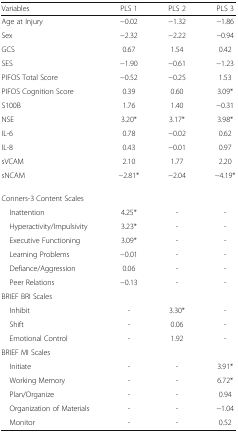
| Variables | PLS 1 | PLS 2 | PLS 3 |
 | --- | --- | --- | --- |
 | Age at Injury | −0.02 | −1.32 | −1.86 |
 | Sex | −2.32 | −2.22 | −0.94 |
 | GCS | 0.67 | 1.54 | 0.42 |
 | SES | −1.90 | −0.61 | −1.23 |
 | PIFOS Total Score | −0.52 | −0.25 | 1.53 |
 | PIFOS Cognition Score | 0.39 | 0.60 | 3.09* |
 | S100B | 1.76 | 1.40 | −0.31 |
 | NSE | 3.20* | 3.17* | 3.98* |
 | IL-6 | 0.78 | −0.02 | 0.62 |
 | IL-8 | 0.43 | −0.01 | 0.97 |
 | sVCAM | 2.10 | 1.77 | 2.20 |
 | sNCAM | −2.81* | −2.04 | −4.19* |
 | <COLSPAN=4> Conners-3 Content Scales |
 | Inattention | 4.25* | - | - |
 | Hyperactivity/Impulsivity | 3.23* | - | - |
 | Executive Functioning | 3.09* | - | - |
 | Learning Problems | −0.01 | - | - |
 | Defiance/Aggression | 0.06 | - | - |
 | Peer Relations | −0.13 | - | - |
 | <COLSPAN=4> BRIEF BRI Scales |
 | Inhibit | - | 3.30* | - |
 | Shift | - | 0.06 | - |
 | Emotional Control | - | 1.92 | - |
 | <COLSPAN=4> BRIEF MI Scales |
 | Initiate | - | - | 3.91* |
 | Working Memory | - | - | 6.72* |
 | Plan/Organize | - | - | 0.94 |
 | Organization of Materials | - | - | −1.04 |
 | Monitor | - | - | 0.52 |